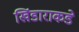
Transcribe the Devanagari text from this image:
खिंडाराकडे